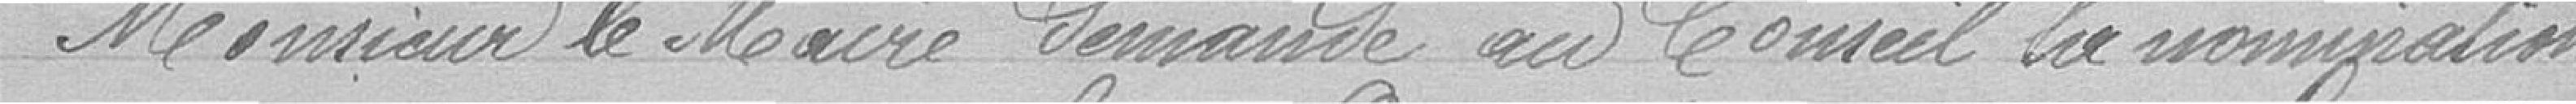
Monsieur le Maire demande au Conseil la nomination